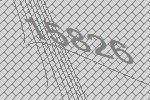
15826